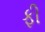
ફી